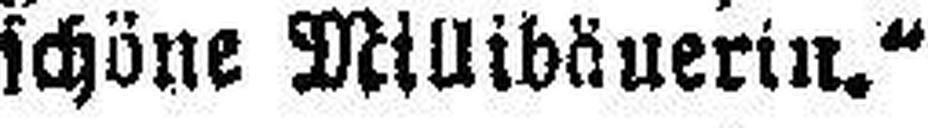
schöne Millibäuerin.“